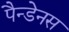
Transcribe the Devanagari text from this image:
पैन्डेनस